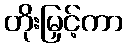
တိုးမြှင့်ကာ